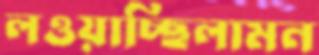
লওয়াচ্ছিলামন